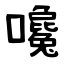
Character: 嚵